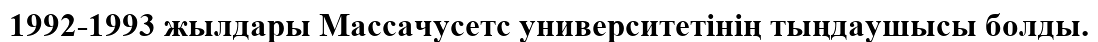
1992-1993 жылдары Массачусетс университетінің тыңдаушысы болды.